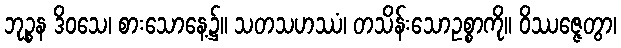
ဘုဉ္စန ဒိဝသေ၊ စားသောနေ့၌။ သတသဟဿံ၊ တသိန်းသောဥစ္စာကို။ ဝိဿဇ္ဇေတွာ၊